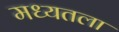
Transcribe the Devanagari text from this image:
मध्यतला